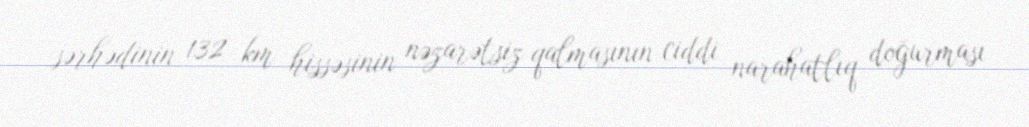
sərhədinin 132 km hissəsinin nəzarətsiz qalmasının ciddi narahatlıq doğurması